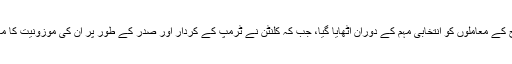
تبدیلی اور مزاج کے معاملوں کو انتخابی مہم کے دوران اٹھایا گیا، جب کہ کلنٹن نے ٹرمپ کے کردار اور صدر کے طور پر اُن کی موزونیت کا معاملہ اٹھایا ہے۔